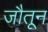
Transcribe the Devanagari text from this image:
जौतून